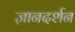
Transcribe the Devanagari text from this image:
ज्ञानदर्शन